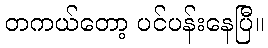
တကယ်တော့ ပင်ပန်းနေပြီ။